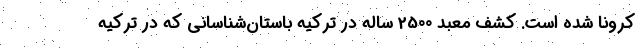
کرونا شده است. کشف معبد 2500 ساله در ترکیه باستان‌شناسانی که در ترکیه